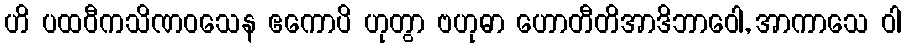
ဟိ ပထဝီကသိဏဝသေန ဧကောပိ ဟုတွာ ဗဟုဓာ ဟောတီတိအာဒိဘာဝေါ, အာကာသေ ဝါ